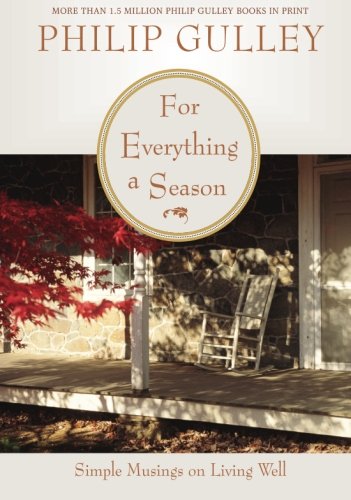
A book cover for For Everything a Season: Simple Musings on Living Well; Philip Gulley; Christian Books & Bibles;